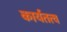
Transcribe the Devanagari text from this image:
कार्यतत्व